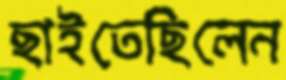
ছাইতেছিলেন